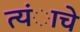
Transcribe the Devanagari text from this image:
त्यंाचे